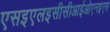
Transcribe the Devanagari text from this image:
एसइएलइसीसीआईओएनइएस